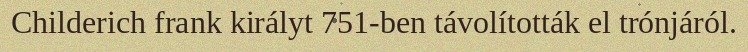
Childerich frank királyt 751-ben távolították el trónjáról.